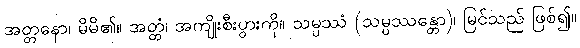
အတ္တနော၊ မိမိ၏။ အတ္ထံ၊ အကျိုးစီးပွားကို။ သမ္ပဿံ (သမ္ပဿန္တော)၊ မြင်သည် ဖြစ်၍။